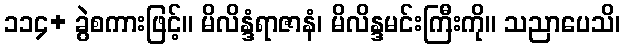
၁၁၄+ ခွဲစကားဖြင့်။ မိလိန္ဒံရာဇာနံ၊ မိလိန္ဒမင်းကြီးကို။ သညာပေသိ၊